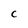
Character: C